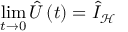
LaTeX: \operatorname * { l i m } _ { t \rightarrow 0 } \hat { U } \left( t \right) = \hat { I } _ { \mathcal { H } }